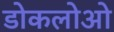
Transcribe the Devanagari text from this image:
डोकलोओ